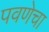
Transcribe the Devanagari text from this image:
पवणेचा